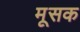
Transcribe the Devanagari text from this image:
मूसक